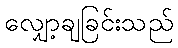
လျှော့ချခြင်းသည်